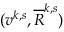
( v ^ { k , s } , \overline { { R } } ^ { k , s } )